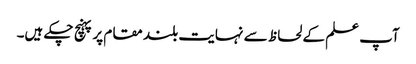
آپ علم کے لحاظ سے نہایت بلند مقام پر پہنچ چکے ہیں۔